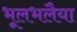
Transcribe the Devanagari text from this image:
भूलभलैया